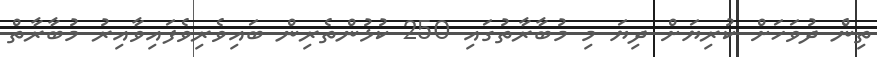
ތިންެ ދުވަހަށް ކުރިޔަށް ދިޔަ މި މުބާރާތުގައި 250 ކުޅުންތެރިން ބައިވެރިވެފައިވާއިރު މުބާރާތް